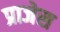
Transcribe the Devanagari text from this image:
प्राजेस